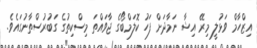
އިޒްހާމް ވަޅުލީ މިރޭ އިޝާ ނަމާދަށް ފަހު ކޮލަމްބޯގެ ޖާވައްތަ މިސްކިތުގެ ގަބުރުސްތާނުގައެވެ.